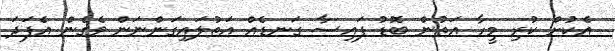
އެކުށް ކުރި މީހާ އަތުން ބޮޑު ފައިސާ ގަނޑެއް އަތުލައިގަންނަން ވެގެން އެފަދަ